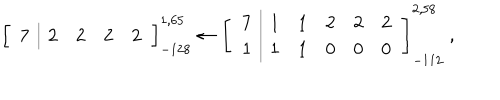
\left[ \begin{array} { c | | c c c c } { { 7 } } & { { 2 } } & { { 2 } } & { { 2 } } & { { 2 } } \\ \end{array} \right] _ { - 1 2 8 } ^ { 1 , 6 5 } \leftarrow \left[ \begin{array} { c | | c c c c c } { { 7 } } & { { 1 } } & { { 1 } } & { { 2 } } & { { 2 } } & { { 2 } } \\ { { 1 } } & { { 1 } } & { { 1 } } & { { 0 } } & { { 0 } } & { { 0 } } \\ \end{array} \right] _ { - 1 1 2 } ^ { 2 , 5 8 } \; ,